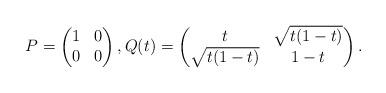
LaTeX: \begin{align*}P=\left(\begin{matrix} 1&0\\ 0&0\end{matrix}\right),Q(t)=\left(\begin{matrix} t&\sqrt{t(1-t)}\\ \sqrt{t(1-t)}&1-t\end{matrix}\right).\end{align*}